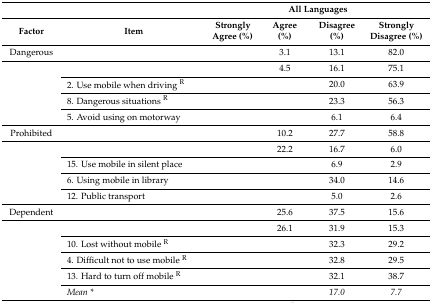
<table><thead><tr><td>[EMPTY_CELL]</td><td>[EMPTY_CELL]</td><td colspan="4"><b>All Languages</b></td></tr><tr><td><b>Factor</b></td><td><b>Item</b></td><td><b>Strongly Agree (%)</b></td><td><b>Agree (%)</b></td><td><b>Disagree (%)</b></td><td><b>Strongly Disagree (%)</b></td></tr></thead><tbody><tr><td>Dangerous</td><td>[EMPTY_CELL]</td><td>[EMPTY_CELL]</td><td>3.1</td><td>13.1</td><td>82.0</td></tr><tr><td rowspan="4">[EMPTY_CELL]</td><td>[EMPTY_CELL]</td><td>[EMPTY_CELL]</td><td>4.5</td><td>16.1</td><td>75.1</td></tr><tr><td>2. Use mobile when driving <sup>R</sup></td><td>[EMPTY_CELL]</td><td>[EMPTY_CELL]</td><td>20.0</td><td>63.9</td></tr><tr><td>8. Dangerous situations <sup>R</sup></td><td>[EMPTY_CELL]</td><td>[EMPTY_CELL]</td><td>23.3</td><td>56.3</td></tr><tr><td>5. Avoid using on motorway</td><td>[EMPTY_CELL]</td><td>[EMPTY_CELL]</td><td>6.1</td><td>6.4</td></tr><tr><td>Prohibited</td><td>[EMPTY_CELL]</td><td>[EMPTY_CELL]</td><td>10.2</td><td>27.7</td><td>58.8</td></tr><tr><td rowspan="4">[EMPTY_CELL]</td><td>[EMPTY_CELL]</td><td>[EMPTY_CELL]</td><td>22.2</td><td>16.7</td><td>6.0</td></tr><tr><td>15. Use mobile in silent place</td><td>[EMPTY_CELL]</td><td>[EMPTY_CELL]</td><td>6.9</td><td>2.9</td></tr><tr><td>6. Using mobile in library</td><td>[EMPTY_CELL]</td><td>[EMPTY_CELL]</td><td>34.0</td><td>14.6</td></tr><tr><td>12. Public transport</td><td>[EMPTY_CELL]</td><td>[EMPTY_CELL]</td><td>5.0</td><td>2.6</td></tr><tr><td>Dependent</td><td>[EMPTY_CELL]</td><td>[EMPTY_CELL]</td><td>25.6</td><td>37.5</td><td>15.6</td></tr><tr><td rowspan="5">[EMPTY_CELL]</td><td>[EMPTY_CELL]</td><td>[EMPTY_CELL]</td><td>26.1</td><td>31.9</td><td>15.3</td></tr><tr><td>10. Lost without mobile <sup>R</sup></td><td>[EMPTY_CELL]</td><td>[EMPTY_CELL]</td><td>32.3</td><td>29.2</td></tr><tr><td>4. Difficult not to use mobile <sup>R</sup></td><td>[EMPTY_CELL]</td><td>[EMPTY_CELL]</td><td>32.8</td><td>29.5</td></tr><tr><td>13. Hard to turn off mobile <sup>R</sup></td><td>[EMPTY_CELL]</td><td>[EMPTY_CELL]</td><td>32.1</td><td>38.7</td></tr><tr><td><i>Mean *</i></td><td>[EMPTY_CELL]</td><td>[EMPTY_CELL]</td><td><i>17.0</i></td><td><i>7.7</i></td></tr></tbody></table>